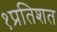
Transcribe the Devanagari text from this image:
१प्रतिशत